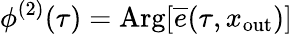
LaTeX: \phi^{(2)}(\tau)=\mathrm{Arg}[\overline{{e}}(\tau,x_{\mathrm{out}})]